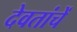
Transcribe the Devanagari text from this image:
देवतांचें